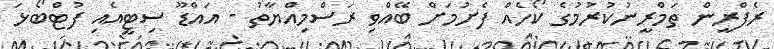
ރެފްރީން ތަމްރީނުކުރުމުގެ ކޯހެއް ފެށުމަށް ބޭއްވި ރަސްމިއްޔާތު - އައްޑޫ ސިޓީއެއި ފުޓްބޯޅަ